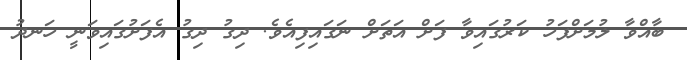
ބާއްވާ ލުމަށްފަހު ކަރުގައިވާ ފަށް އަތަށް ނަގައިފިއެވެ. ދިގު ދިގު އެފަށުގައިވަނީ ހަނދު